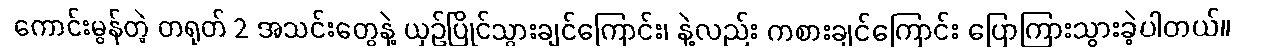
ကောင်းမွန်တဲ့ တရုတ် 2 အသင်းတွေနဲ့ ယှဥ်ပြိုင်သွားချင်ကြောင်း၊ နဲ့လည်း ကစားချင်ကြောင်း ပြောကြားသွားခဲ့ပါတယ်။